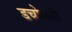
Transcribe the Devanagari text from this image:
डचोवनी